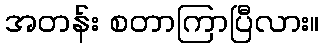
အတန်း စတာကြာပြီလား။